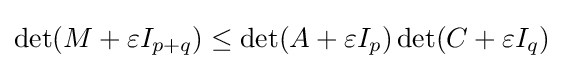
\det(M+\varepsilon I_{p+q})\leq \det(A+\varepsilon I_{p})\det(C+\varepsilon I_{q})